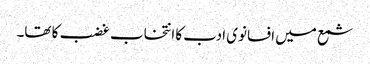
شمع میں افسانوی ادب کا انتخاب غضب کا تھا۔